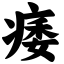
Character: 痿